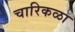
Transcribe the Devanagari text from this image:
चारिकळा